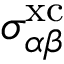
\sigma _ { \alpha \beta } ^ { \mathrm { x c } }